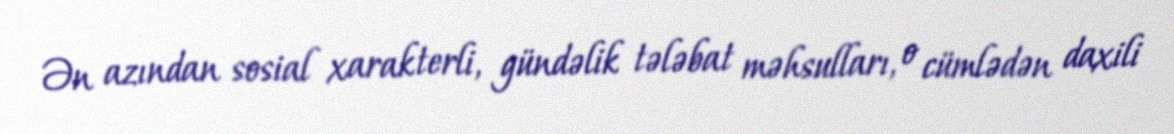
Ən azından sosial xarakterli, gündəlik tələbat məhsulları, o cümlədən daxili